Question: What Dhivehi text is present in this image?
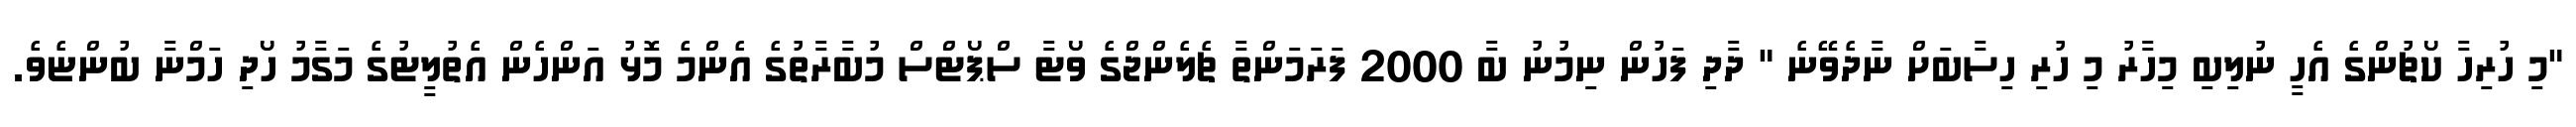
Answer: "މި ހުރިހާ ކޯޗުންގެ އެހީ ނުލިބި މިހާރު މި ހުރި ހިސާބަށް ނާދެވޭނެ " ދާދި ފަހުން ނިމުނު ބާ 2000 ފަރަމަންތާ ޗެލެންޖްގެ ވޯޓާ ސްޕޯޓްސް މުބާރާތުގެ އެންމެ މޮޅު އަންހެން އެތުލީޓުގެ މަގާމު ހޯދި ހަމްނާ ބުންޏެވެ.